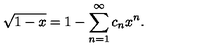
\sqrt { 1 - x } = 1 - \sum _ { n = 1 } ^ { \infty } c _ { n } x ^ { n } .